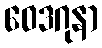
ဝေဒဂုနာ